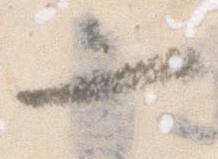
一